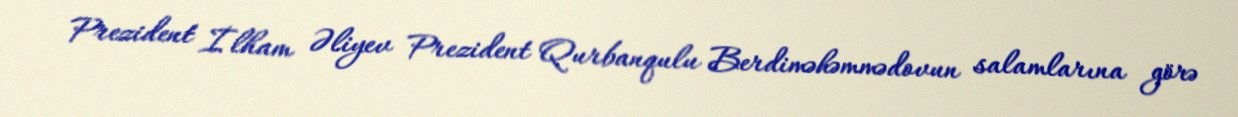
Prezident İlham Əliyev Prezident Qurbanqulu Berdiməhəmmədovun salamlarına görə